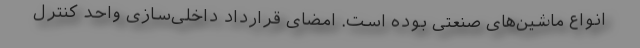
انواع ماشین‌های صنعتی بوده است. امضای قرارداد داخلی‌سازی واحد کنترل